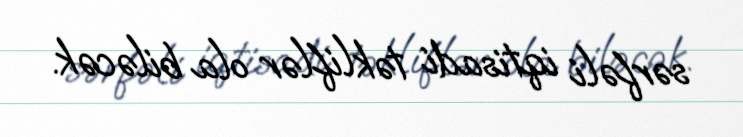
sərfəli iqtisadi təkliflər ola biləcək.